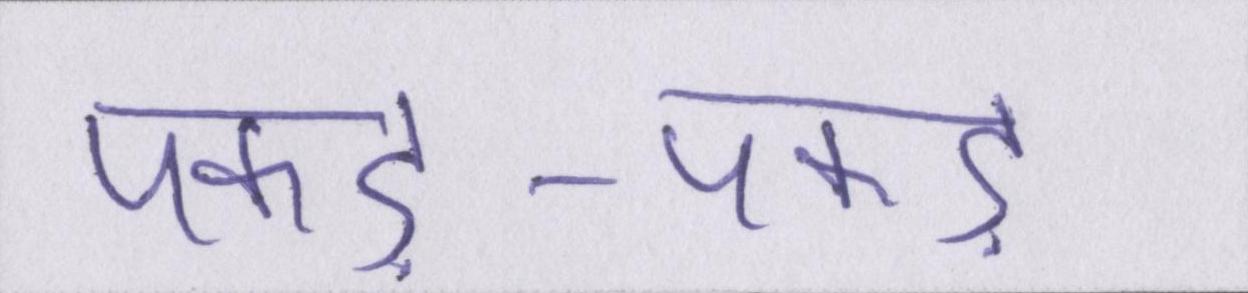
पकड़-पकड़